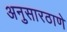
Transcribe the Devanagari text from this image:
अनुसारठाणे